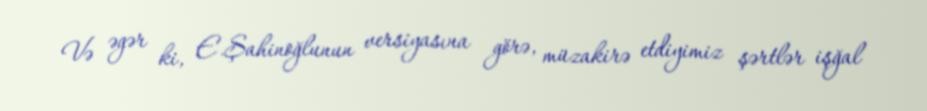
Və əgər ki, E.Şahinoğlunun versiyasına görə, müzakirə etdiyimiz şərtlər işğal